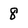
Character: 8